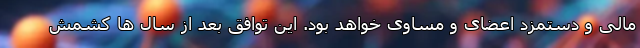
مالی و دستمزد اعضای و مساوی خواهد بود. این توافق بعد از سال ها کشمش